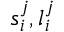
s _ { i } ^ { j } , l _ { i } ^ { j }